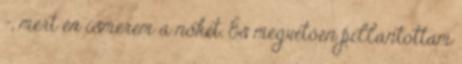
-, mert én ismerem a nőket. És megvetően pillantottam